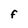
Character: F